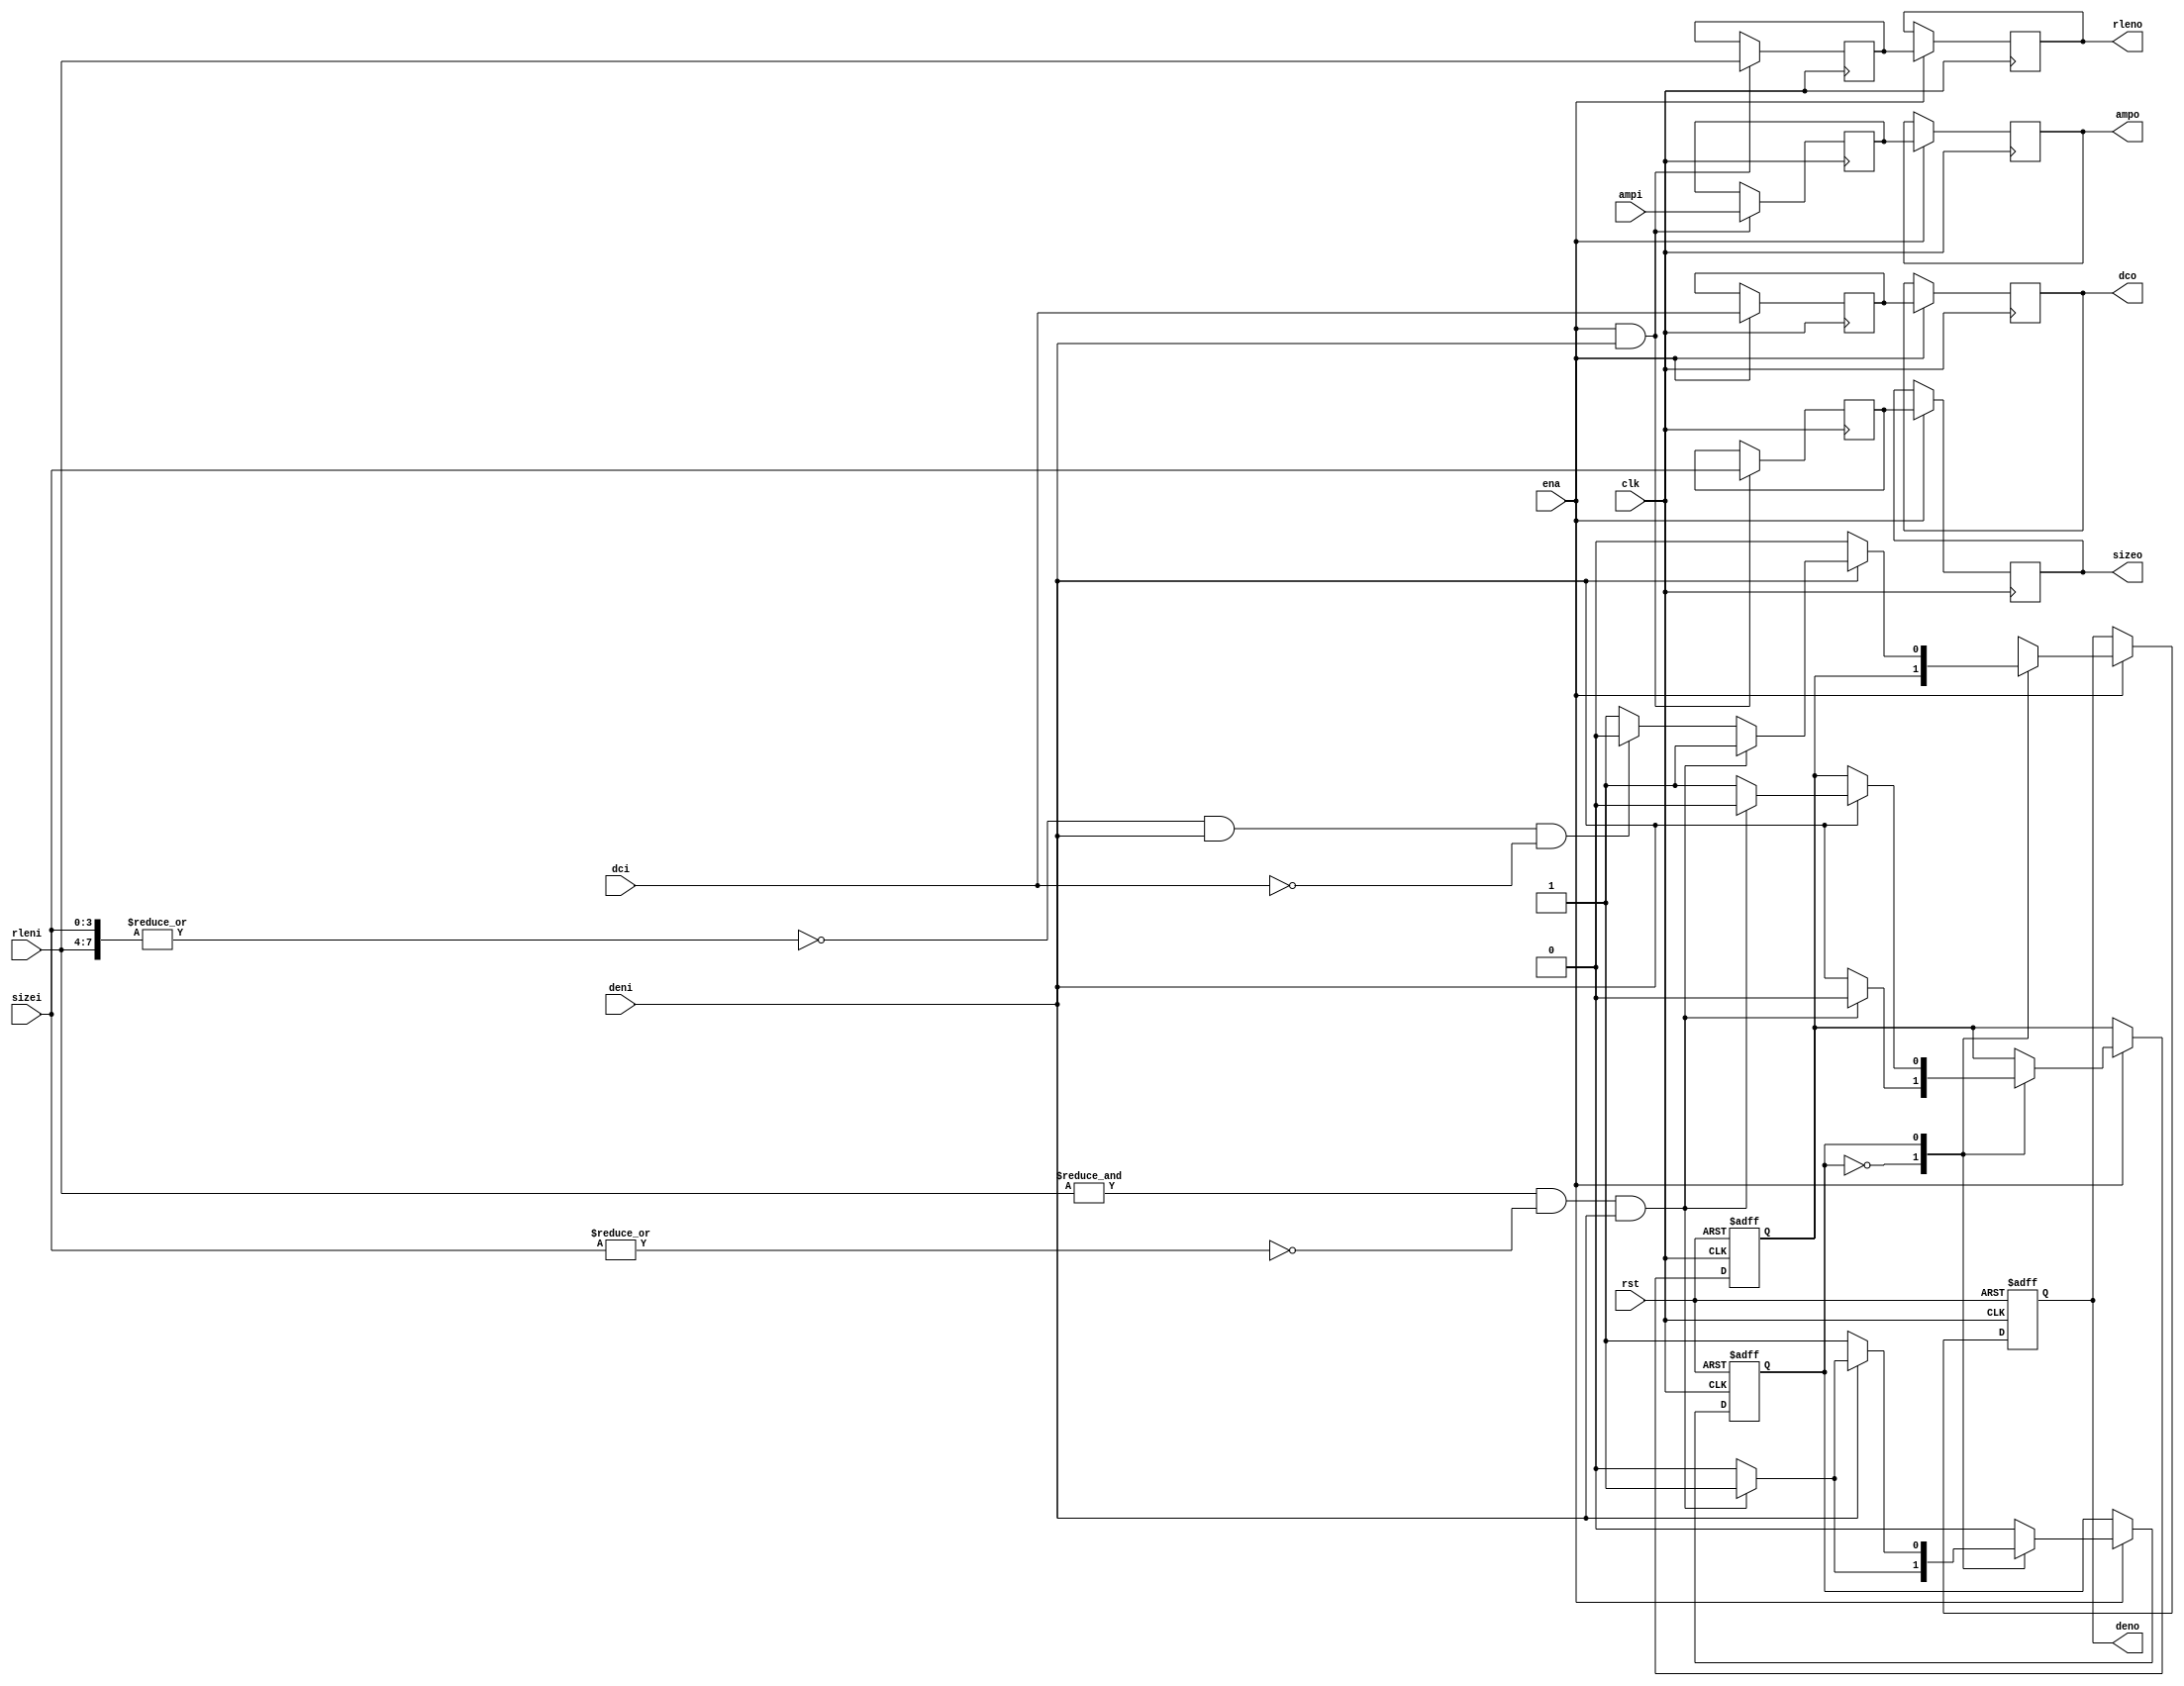
/////////////////////////////////////////////////////////////////////
////                                                             ////
////  JPEG Run-Length Encoder, remove zero sequences             ////
////                                                             ////
////  - Detect (15,0) (0,0) seqence                              ////
////  - Replace them by (0,0)                                    ////
////                                                             ////
////          richard@asics.ws                                   ////
////          www.asics.ws                                       ////
////                                                             ////
/////////////////////////////////////////////////////////////////////
////                                                             ////
//// Copyright (C) 2001 Richard Herveille                        ////
////                    richard@asics.ws                         ////
////                                                             ////
//// This source file may be used and distributed without        ////
//// restriction provided that this copyright statement is not   ////
//// removed from the file and that any derivative work contains ////
//// the original copyright notice and the associated disclaimer.////
////                                                             ////
////     THIS SOFTWARE IS PROVIDED ``AS IS'' AND WITHOUT ANY     ////
//// EXPRESS OR IMPLIED WARRANTIES, INCLUDING, BUT NOT LIMITED   ////
//// TO, THE IMPLIED WARRANTIES OF MERCHANTABILITY AND FITNESS   ////
//// FOR A PARTICULAR PURPOSE. IN NO EVENT SHALL THE AUTHOR      ////
//// OR CONTRIBUTORS BE LIABLE FOR ANY DIRECT, INDIRECT,         ////
//// INCIDENTAL, SPECIAL, EXEMPLARY, OR CONSEQUENTIAL DAMAGES    ////
//// (INCLUDING, BUT NOT LIMITED TO, PROCUREMENT OF SUBSTITUTE   ////
//// GOODS OR SERVICES; LOSS OF USE, DATA, OR PROFITS; OR        ////
//// BUSINESS INTERRUPTION) HOWEVER CAUSED AND ON ANY THEORY OF  ////
//// LIABILITY, WHETHER IN  CONTRACT, STRICT LIABILITY, OR TORT  ////
//// (INCLUDING NEGLIGENCE OR OTHERWISE) ARISING IN ANY WAY OUT  ////
//// OF THE USE OF THIS SOFTWARE, EVEN IF ADVISED OF THE         ////
//// POSSIBILITY OF SUCH DAMAGE.                                 ////
////                                                             ////
/////////////////////////////////////////////////////////////////////

//  CVS Log
//
//  $Id: jpeg_rzs.v,v 1.4 2002-10-31 12:53:39 rherveille Exp $
//
//  $Date: 2002-10-31 12:53:39 $
//  $Revision: 1.4 $
//  $Author: rherveille $
//  $Locker:  $
//  $State: Exp $
//
// Change History:
//               $Log: not supported by cvs2svn $
//               Revision 1.3  2002/10/23 18:58:54  rherveille
//               Fixed a bug in the zero-run (run-length-coder)
//
//               Revision 1.2  2002/10/23 09:07:04  rherveille
//               Improved many files.
//               Fixed some bugs in Run-Length-Encoder.
//               Removed dependency on ud_cnt and ro_cnt.
//               Started (Motion)JPEG hardware encoder project.
//

`ifdef SIMULATION
`include "timescale.v"
`endif

module jpeg_rzs(clk, ena, rst, deni, dci, rleni, sizei, ampi, deno, dco, rleno, sizeo, ampo);

	//
	// inputs & outputs
	//
	input        clk;
	input        ena;
	input        rst;
	input        deni;
	input        dci;
	input [ 3:0] sizei;
	input [ 3:0] rleni;
	input [11:0] ampi;

	output        deno;
	output        dco;
	output [ 3:0] sizeo;
	output [ 3:0] rleno;
	output [11:0] ampo;

	reg        deno, dco;
	reg [ 3:0] sizeo, rleno;
	reg [11:0] ampo;

	//
	// variables
	//

	reg [ 3:0] size;
	reg [ 3:0] rlen;
	reg [11:0] amp;
	reg        den;
	reg        dc;

	wire eob;
	wire zerobl;
	reg  state;

	//
	// module body
	//

	always @(posedge clk)
	  if(ena & deni)
	    begin
	        size <= #1 sizei;
	        rlen <= #1 rleni;
	        amp  <= #1 ampi;
	    end

	always @(posedge clk)
	  if(ena)
	    begin
	        sizeo <= #1 size;
	        rleno <= #1 rlen;
	        ampo  <= #1 amp;

	        dc    <= #1 dci;
	        dco   <= #1 dc;
	    end

	assign zerobl = &rleni &  ~|sizei & deni;
	assign eob    = ~|{rleni, sizei} & deni & ~dci;

	always @(posedge clk or negedge rst)
	  if (!rst)
	     begin
	         state <= #1 1'b0;
	         den   <= #1 1'b0;
	         deno  <= #1 1'b0;
	     end
	  else
	    if(ena)
	      (* full_case, parallel_case *) case (state)
	         1'b0:
	             begin
	                 if (zerobl)
	                    begin
	                        state <= #1 1'b1; // go to zero-detection state
	                        den   <= #1 1'b0; // do not yet set data output enable
	                        deno  <= #1 den;  // output previous data
	                    end
	                 else
	                    begin
	                        state <= #1 1'b0; // stay in 'normal' state
	                        den   <= #1 deni; // set data output enable
	                        deno  <= #1 den;  // output previous data
	                    end
	             end

	         1'b1:
	             begin
	                 deno <= #1 1'b0;

	                 if (deni)
	                    if (zerobl)
	                       begin
	                           state <= #1 1'b1; // stay in zero-detection state
	                           den   <= #1 1'b0; // hold current zer-block
	                           deno  <= #1 1'b1; // output previous zero-block
	                       end
	                    else if (eob)
	                       begin
	                           state <= #1 1'b0; // go to 'normal' state
	                           den   <= #1 1'b1; // set output enable for EOB
	                           deno  <= #1 1'b0; // (was already zero), maybe optimize ??
	                       end
	                    else
	                       begin
	                           state <= #1 1'b0; // go to normal state
	                           den   <= #1 1'b1; // set data output enable
	                           deno  <= #1 1'b1; // oops, zero-block should have been output
	                       end
	             end
	      endcase
endmodule